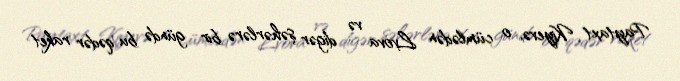
Paytaxt Kiyevə, o cümlədən Lvova və digər şəhərlərə bir gündə bu qədər raket